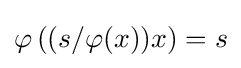
\varphi \left((s/\varphi (x))x\right)=s